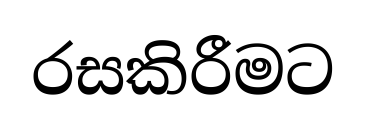
රසකිරීමට